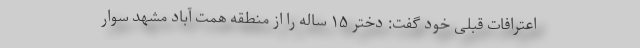
اعترافات قبلی خود گفت: دختر ۱۵ ساله را از منطقه همت آباد مشهد سوار